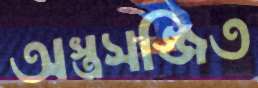
অস্ত্রসজ্জিত